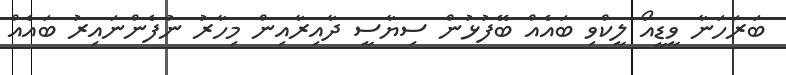
ބަރަހަނާ ވީޑީއޯ ލީކްވި ބައެއް ބޭފުޅުން ސިޔާސީ ދާއިރާއިން މިހާރު ނުފެންނައިރު ބައެއް